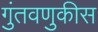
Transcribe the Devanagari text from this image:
गुंतवणुकीस